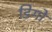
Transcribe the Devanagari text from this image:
डिगो